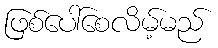
ဖြစ်ပေါ်စေလိမ့်မည်